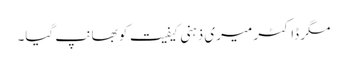
مگر ڈاکٹر میری ذہنی کیفیت کو بھانپ گیا۔